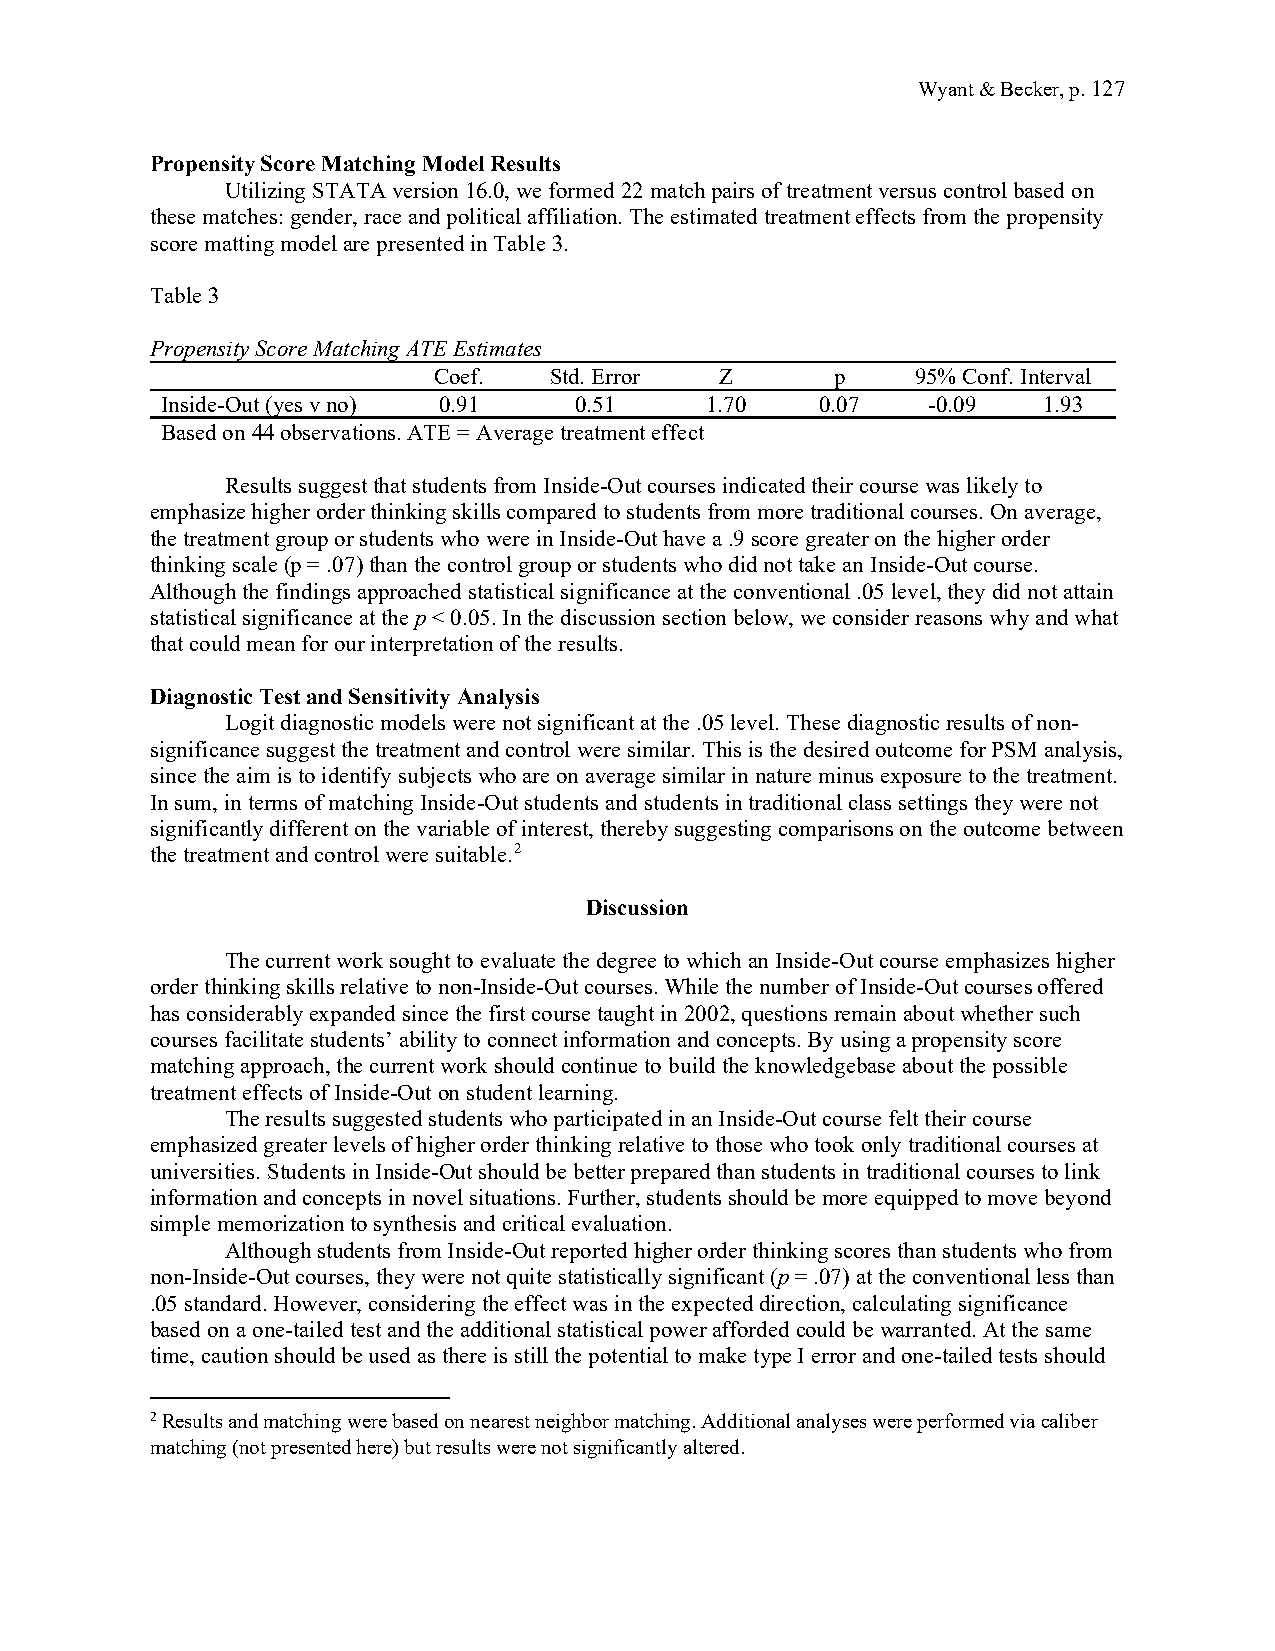
Wyant & Becker, p. 127
 Propensity Score Matching Model Results
 Utilizing STATA version 16.0, we formed 22 match pairs of treatment versus control based on
 these matches: gender, race and political affiliation. The estimated treatment effects from the propensity
 score matting model are presented in Table 3.
 Table 3
 Propensity Score Matching ATE Estimates
 Coef.  Std. Error  Z      p     95% Conf. Interval
 Inside-Out (yes v no) 0.91 0.51     1.70   0.07   -0.09   1.93
 Based on 44 observations. ATE = Average treatment effect
 Results suggest that students from Inside-Out courses indicated their course was likely to
 emphasize higher order thinking skills compared to students from more traditional courses. On average,
 the treatment group or students who were in Inside-Out have a .9 score greater on the higher order
 thinking scale (p = .07) than the control group or students who did not take an Inside-Out course.
 Although the findings approached statistical significance at the conventional .05 level, they did not attain
 statistical significance at the p < 0.05. In the discussion section below, we consider reasons why and what
 that could mean for our interpretation of the results.
 Diagnostic Test and Sensitivity Analysis
 Logit diagnostic models were not significant at the .05 level. These diagnostic results of non-
 significance suggest the treatment and control were similar. This is the desired outcome for PSM analysis,
 since the aim is to identify subjects who are on average similar in nature minus exposure to the treatment.
 In sum, in terms of matching Inside-Out students and students in traditional class settings they were not
 significantly different on the variable of interest, thereby suggesting comparisons on the outcome between
 the treatment and control were suitable.2
 Discussion
 The current work sought to evaluate the degree to which an Inside-Out course emphasizes higher
 order thinking skills relative to non-Inside-Out courses. While the number of Inside-Out courses offered
 has considerably expanded since the first course taught in 2002, questions remain about whether such
 courses facilitate students’ ability to connect information and concepts. By using a propensity score
 matching approach, the current work should continue to build the knowledgebase about the possible
 treatment effects of Inside-Out on student learning.
 The results suggested students who participated in an Inside-Out course felt their course
 emphasized greater levels of higher order thinking relative to those who took only traditional courses at
 universities. Students in Inside-Out should be better prepared than students in traditional courses to link
 information and concepts in novel situations. Further, students should be more equipped to move beyond
 simple memorization to synthesis and critical evaluation.
 Although students from Inside-Out reported higher order thinking scores than students who from
 non-Inside-Out courses, they were not quite statistically significant (p = .07) at the conventional less than
 .05 standard. However, considering the effect was in the expected direction, calculating significance
 based on a one-tailed test and the additional statistical power afforded could be warranted. At the same
 time, caution should be used as there is still the potential to make type I error and one-tailed tests should
 2 Results and matching were based on nearest neighbor matching. Additional analyses were performed via caliber
 matching (not presented here) but results were not significantly altered.